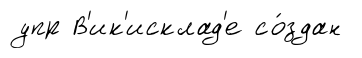
упр В'ик'исклад'е со́здан